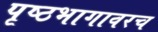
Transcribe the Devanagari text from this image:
पृष्ठभागावरच